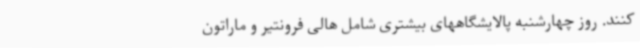
کنند. روز چهارشنبه پالایشگاههای بیشتری شامل هالی فرونتیر و ماراتون